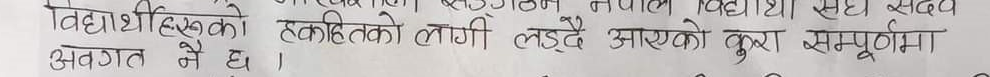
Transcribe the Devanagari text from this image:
विद्यार्थीहरूको हकहितको लागी लड्दै आएको कुरा सम्पूर्णमा अवगत नै छ।